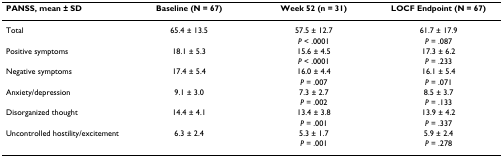
<table><thead><tr><td><b>PANSS, mean ± SD</b></td><td><b>Baseline (N = 67)</b></td><td><b>Week 52 (n = 31)</b></td><td><b>LOCF Endpoint (N = 67)</b></td></tr></thead><tbody><tr><td>Total</td><td>65.4 ± 13.5</td><td>57.5 ± 12.7</td><td>61.7 ± 17.9</td></tr><tr><td></td><td></td><td><i>P </i>&lt; .0001</td><td><i>P </i>= .087</td></tr><tr><td>Positive symptoms</td><td>18.1 ± 5.3</td><td>15.6 ± 4.5</td><td>17.3 ± 6.2</td></tr><tr><td></td><td></td><td><i>P </i>&lt; .0001</td><td><i>P </i>= .233</td></tr><tr><td>Negative symptoms</td><td>17.4 ± 5.4</td><td>16.0 ± 4.4</td><td>16.1 ± 5.4</td></tr><tr><td></td><td></td><td><i>P </i>= .007</td><td><i>P </i>= .071</td></tr><tr><td>Anxiety/depression</td><td>9.1 ± 3.0</td><td>7.3 ± 2.7</td><td>8.5 ± 3.7</td></tr><tr><td></td><td></td><td><i>P </i>= .002</td><td><i>P </i>= .133</td></tr><tr><td>Disorganized thought</td><td>14.4 ± 4.1</td><td>13.4 ± 3.8</td><td>13.9 ± 4.2</td></tr><tr><td></td><td></td><td><i>P </i>= .001</td><td><i>P </i>= .337</td></tr><tr><td>Uncontrolled hostility/excitement</td><td>6.3 ± 2.4</td><td>5.3 ± 1.7</td><td>5.9 ± 2.4</td></tr><tr><td></td><td></td><td><i>P </i>= .001</td><td><i>P </i>= .278</td></tr></tbody></table>